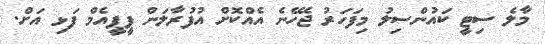
މާލެ ސިޓީ ކައުންސިލު މިފަހަރު ޖެހޭނެ އެއްކޮށް އުފުރާލަން ޕީޕީއެމް ފަޅި އަށް.